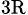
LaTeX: _{\mathrm{3R}}